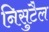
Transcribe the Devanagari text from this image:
निसुटैल